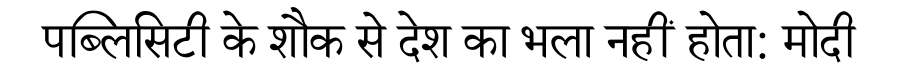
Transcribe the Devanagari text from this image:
पब्लिसिटी के शौक से देश का भला नहीं होता: मोदी